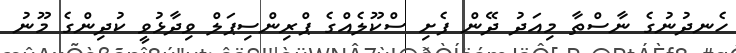
ހެނދުނުގެ ނާސްތާ މިއަދު ދޭން ފެށި ސްކޫލެއްގެ ޕްރިންސިޕަލް ވިދާޅުވީ ކުދިންގެ މޫނު